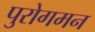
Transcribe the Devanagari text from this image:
पुरोगमन